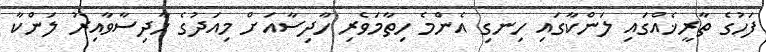
ފަހުގެ ތާރީޚެއްގައި ލަންކާގައި ހިނގި އެންމެ ހިތާމަވެރި ހާދިސާއަށް މިއަދުގެ ހާދިސާވާއިރު ލަންކާ